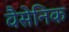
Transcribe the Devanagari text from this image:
वैसेनिक